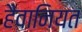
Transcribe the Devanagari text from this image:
हैवानियत